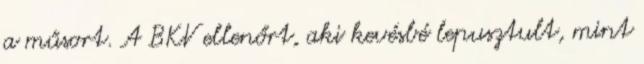
a műsort. A BKV ellenőrt, aki kevésbé lepusztult, mint